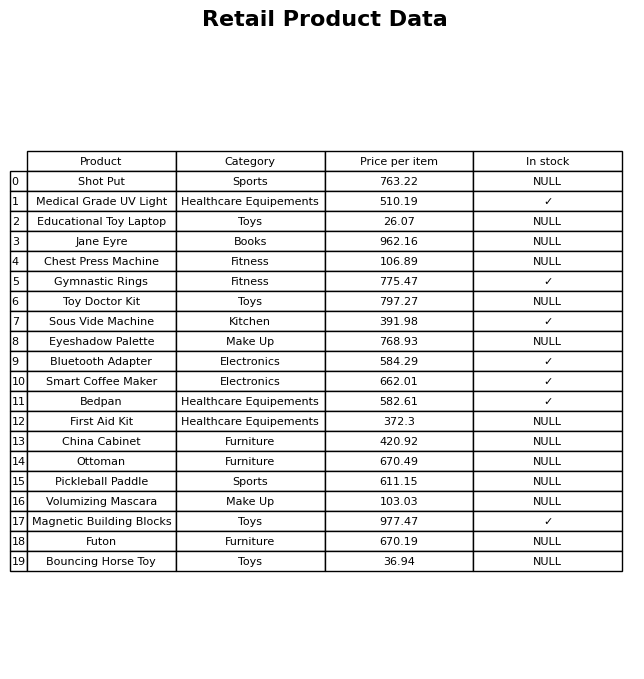
question: What is the price for Bluetooth Adapter?
answer: The price of Bluetooth Adapter is 584.29.